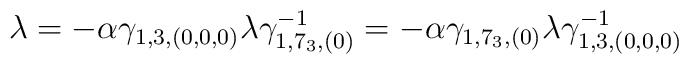
\lambda = -  \alpha \gamma_{1, 3, (0,  0,  0)} \lambda \gamma^{-1}_{1,7_3,  (0)} = - \alpha \gamma_{1,  7_3, (0)} \lambda \gamma^{-1}_{1, 3,(0, 0, 0)}